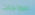
الدراجات